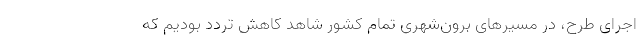
اجرای طرح، در مسیرهای برون‌شهری تمام کشور شاهد کاهش تردد بودیم که